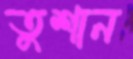
তুশান